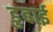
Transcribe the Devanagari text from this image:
डुबाई